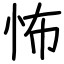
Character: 怖